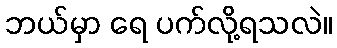
ဘယ်မှာ ရေ ပက်လို့ရသလဲ။